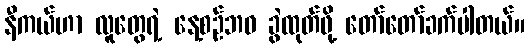
နီကယ်ဟာ လူတွေရဲ့ နေ့စဉ်ဘဝ ခွဲထုတ်ဖို့ တော်တော်ခက်ပါတယ်။